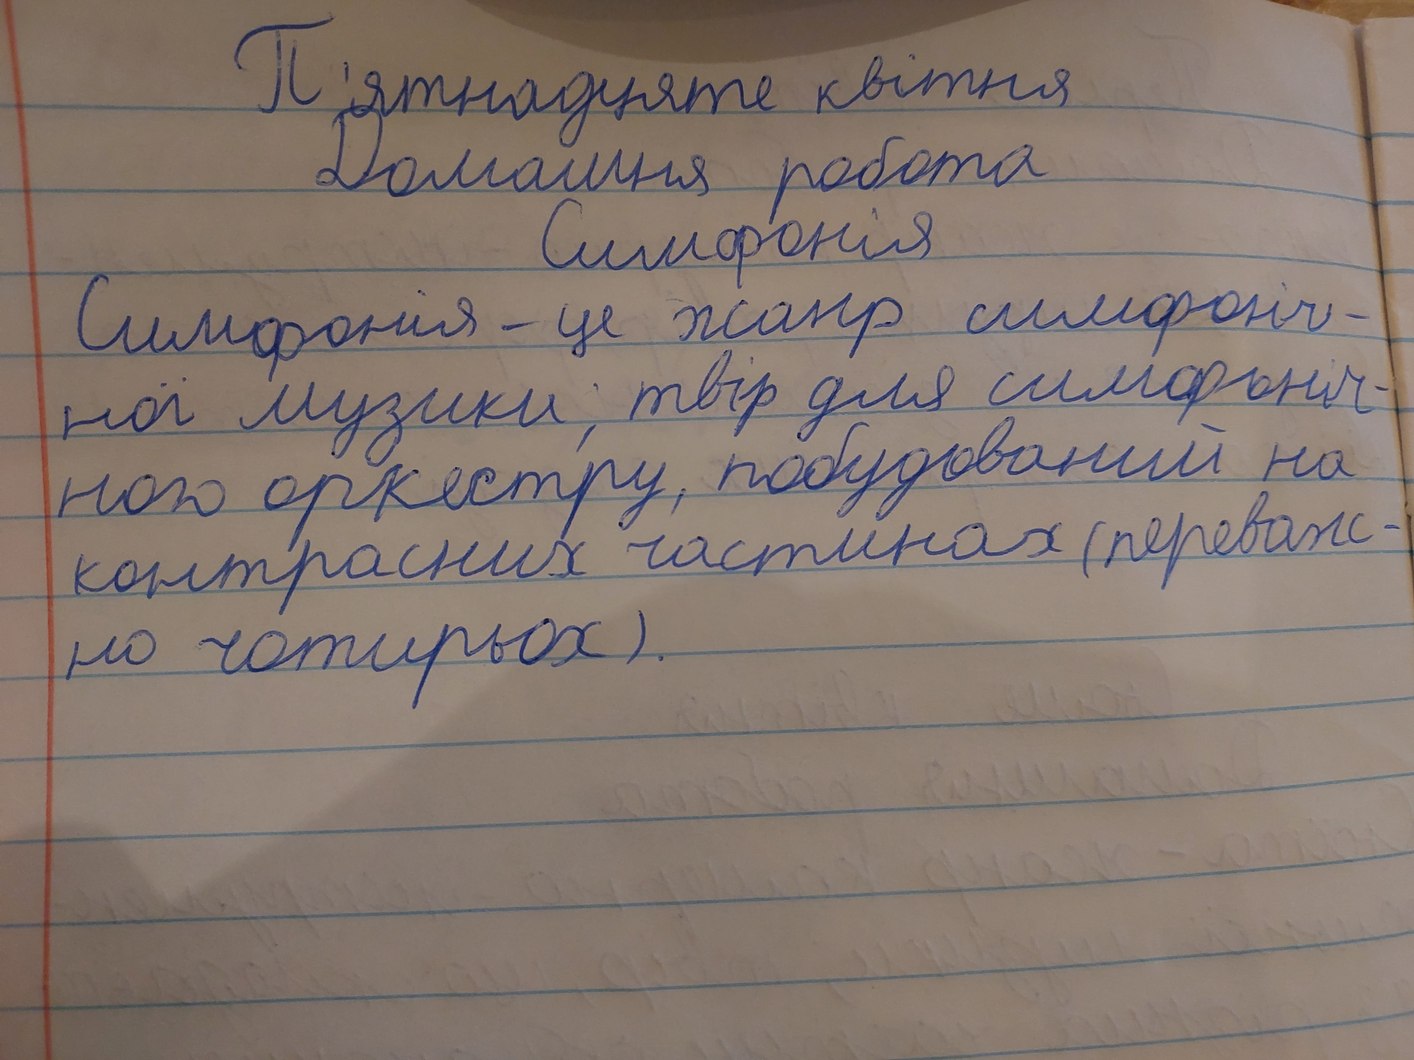
П'ятнадцяте квітня
Домашня робота
Симфонія
Симфонія - це жанр симфоніч-
ної музики, твір для симфоніч-
ного оркестру, побудований на
контрасних частинах (переваж-
но чотирьох).